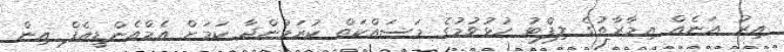
އިރު އަނެއް އިމާރާތުގެ ލިފްޓު ހުޅުވުމުގެ މަސައްކަތް ކުރަމުންދާ ކަމަށް އެމްއެންޑީއެފް އިން